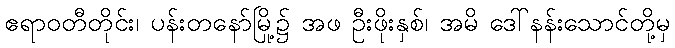
ဧရာဝတီတိုင်း၊ ပန်းတနော်မြို့၌ အဖ ဦးဖိုးနှစ်၊ အမိ ဒေါ်နန်းသောင်တို့မှ